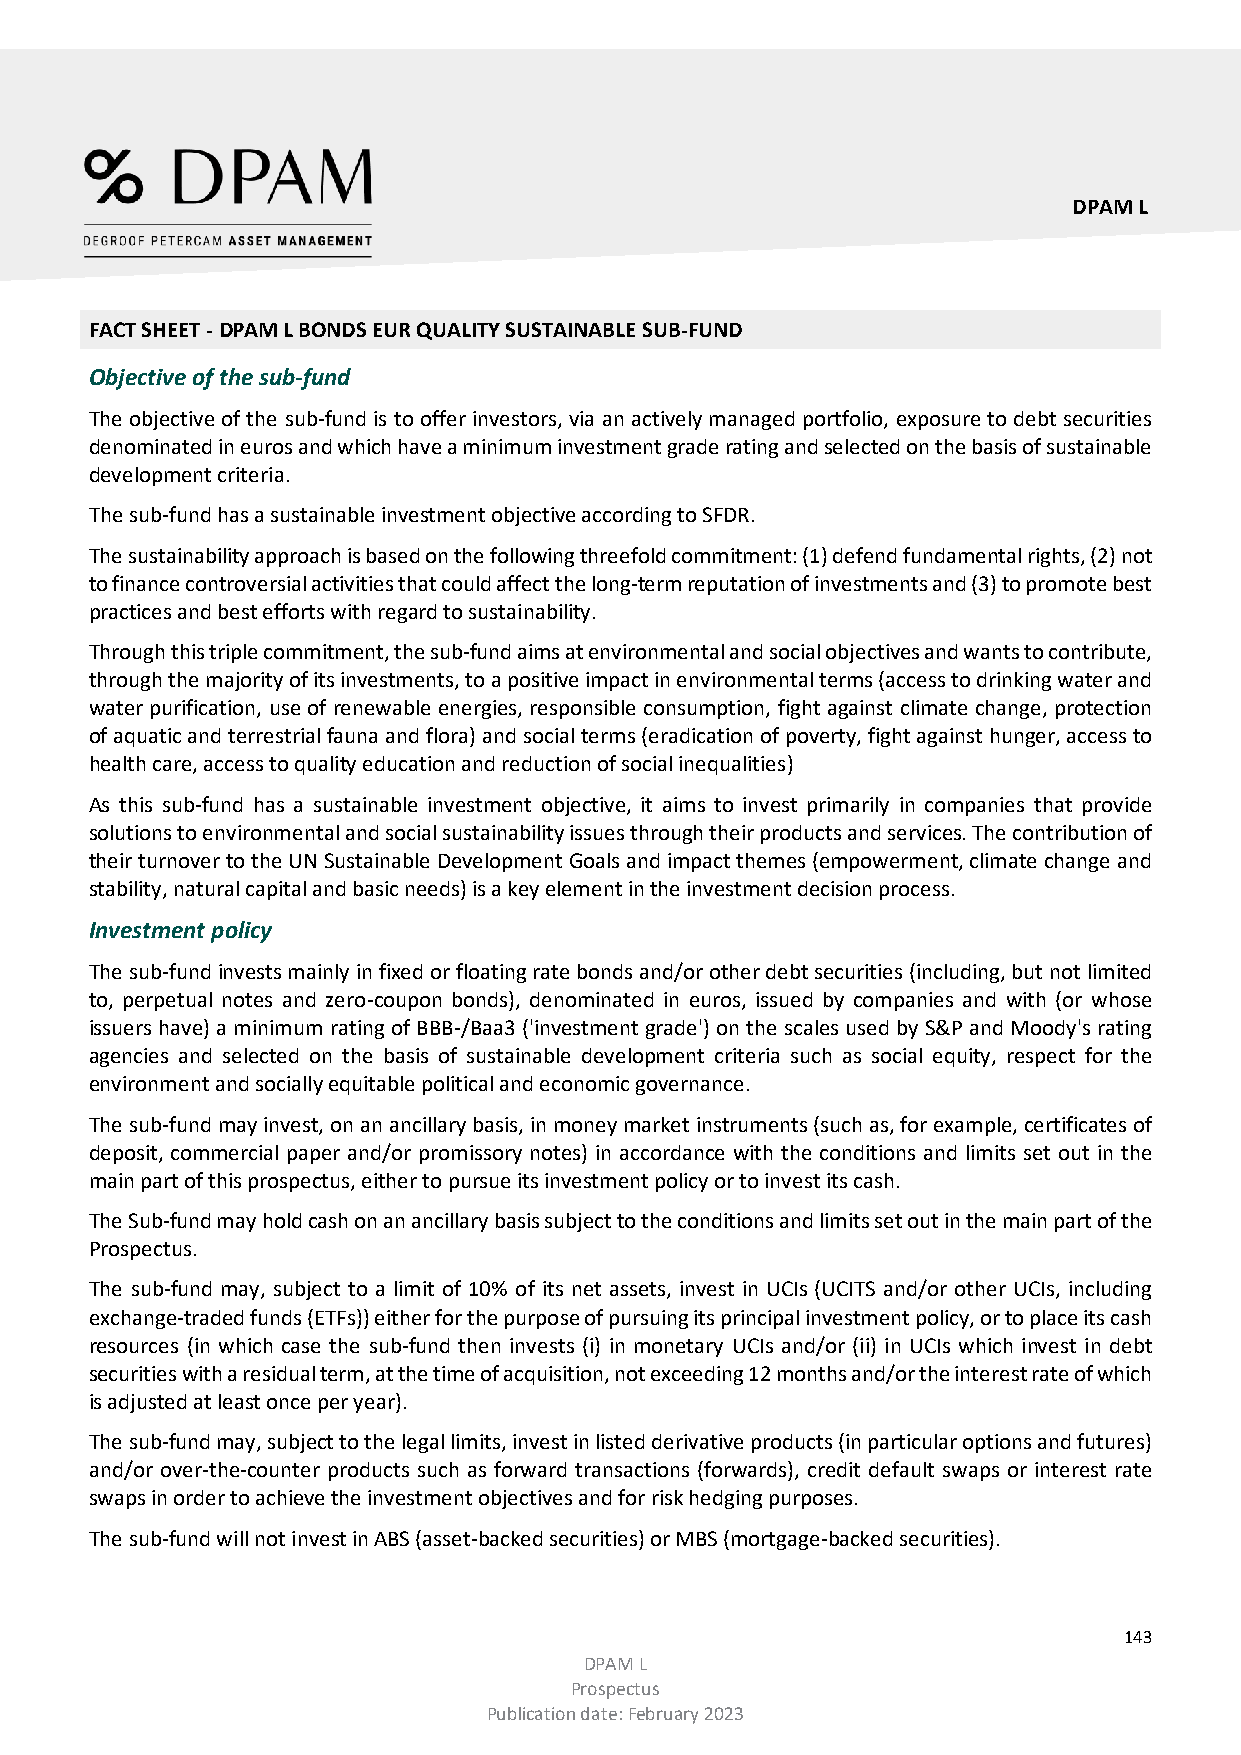
DPAM L
 FACT SHEET - DPAM L BONDS EUR QUALITY SUSTAINABLE SUB-FUND
 Objective of the sub-fund
 The objective of the sub-fund is to offer investors, via an actively managed portfolio, exposure to debt securities
 denominated in euros and which have a minimum investment grade rating and selected on the basis of sustainable
 development criteria.
 The sub-fund has a sustainable investment objective according to SFDR.
 The sustainability approach is based on the following threefold commitment: (1) defend fundamental rights, (2) not
 to finance controversial activities that could affect the long-term reputation of investments and (3) to promote best
 practices and best efforts with regard to sustainability.
 Through this triple commitment, the sub-fund aims at environmental and social objectives and wants to contribute,
 through the majority of its investments, to a positive impact in environmental terms (access to drinking water and
 water purification, use of renewable energies, responsible consumption, fight against climate change, protection
 of aquatic and terrestrial fauna and flora) and social terms (eradication of poverty, fight against hunger, access to
 health care, access to quality education and reduction of social inequalities)
 As this sub-fund has a sustainable investment objective, it aims to invest primarily in companies that provide
 solutions to environmental and social sustainability issues through their products and services. The contribution of
 their turnover to the UN Sustainable Development Goals and impact themes (empowerment, climate change and
 stability, natural capital and basic needs) is a key element in the investment decision process.
 Investment policy
 The sub-fund invests mainly in fixed or floating rate bonds and/or other debt securities (including, but not limited
 to, perpetual notes and zero-coupon bonds), denominated in euros, issued by companies and with (or whose
 issuers have) a minimum rating of BBB-/Baa3 ('investment grade') on the scales used by S&P and Moody's rating
 agencies and selected on the basis of sustainable development criteria such as social equity, respect for the
 environment and socially equitable political and economic governance.
 The sub-fund may invest, on an ancillary basis, in money market instruments (such as, for example, certificates of
 deposit, commercial paper and/or promissory notes) in accordance with the conditions and limits set out in the
 main part of this prospectus, either to pursue its investment policy or to invest its cash.
 The Sub-fund may hold cash on an ancillary basis subject to the conditions and limits set out in the main part of the
 Prospectus.
 The sub-fund may, subject to a limit of 10% of its net assets, invest in UCIs (UCITS and/or other UCIs, including
 exchange-traded funds (ETFs)) either for the purpose of pursuing its principal investment policy, or to place its cash
 resources (in which case the sub-fund then invests (i) in monetary UCIs and/or (ii) in UCIs which invest in debt
 securities with a residual term, at the time of acquisition, not exceeding 12 months and/or the interest rate of which
 is adjusted at least once per year).
 The sub-fund may, subject to the legal limits, invest in listed derivative products (in particular options and futures)
 and/or over-the-counter products such as forward transactions (forwards), credit default swaps or interest rate
 swaps in order to achieve the investment objectives and for risk hedging purposes.
 The sub-fund will not invest in ABS (asset-backed securities) or MBS (mortgage-backed securities).
 143
 DPAM L
 Prospectus
 Publication date: February 2023